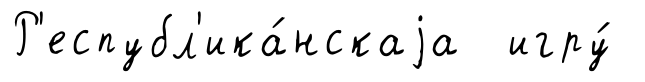
Р'еспубл'ика́нскаjа игру́